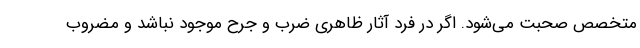
متخصص صحبت می‌شود. اگر در فرد آثار ظاهری ضرب و جرح موجود نباشد و مضروب